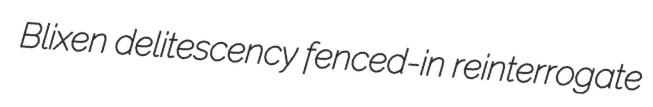
Blixen delitescency fenced-in reinterrogate